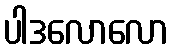
ပါဒလောလော